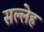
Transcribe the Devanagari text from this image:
सल्लेह